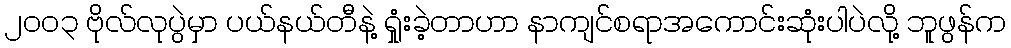
၂၀၀၃ ဗိုလ်လုပွဲမှာ ပယ်နယ်တီနဲ့ ရှုံးခဲ့တာဟာ နာကျင်စရာအကောင်းဆုံးပါပဲလို့ ဘူဖွန်က